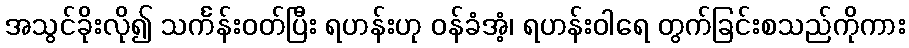
အသွင်ခိုးလို၍ သင်္ကန်းဝတ်ပြီး ရဟန်းဟု ဝန်ခံအံ့၊ ရဟန်းဝါရေ တွက်ခြင်းစသည်ကိုကား